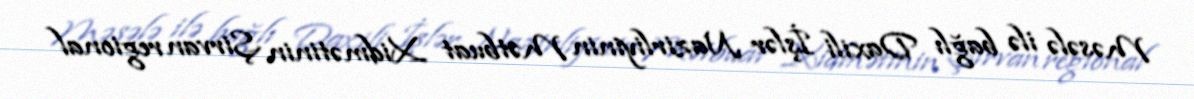
Məsələ ilə bağlı Daxili İşlər Nazirliyinin Mətbuat Xidmətinin Şirvan regional